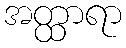
အတ္ထာရာ